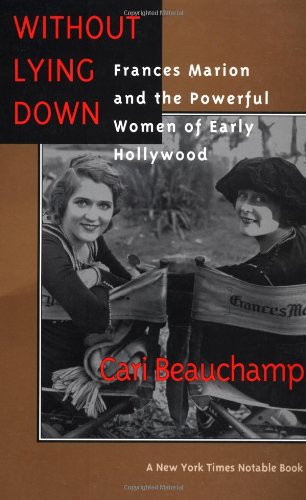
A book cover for Without Lying Down: Frances Marion and the Powerful Women of Early Hollywood; Cari Beauchamp; Humor & Entertainment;